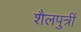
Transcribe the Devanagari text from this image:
शैलपुत्रीं